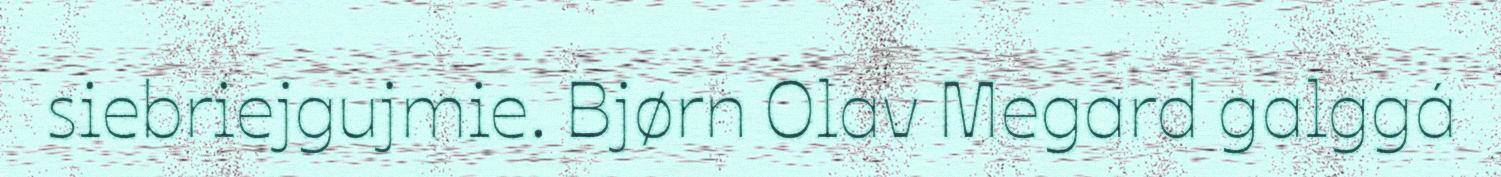
siebriejgujmie. Bjørn Olav Megard galggá